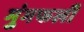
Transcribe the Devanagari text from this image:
मुंगफली